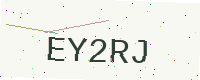
Text: EY2RJ